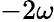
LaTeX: -2\omega